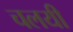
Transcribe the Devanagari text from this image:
चलयी